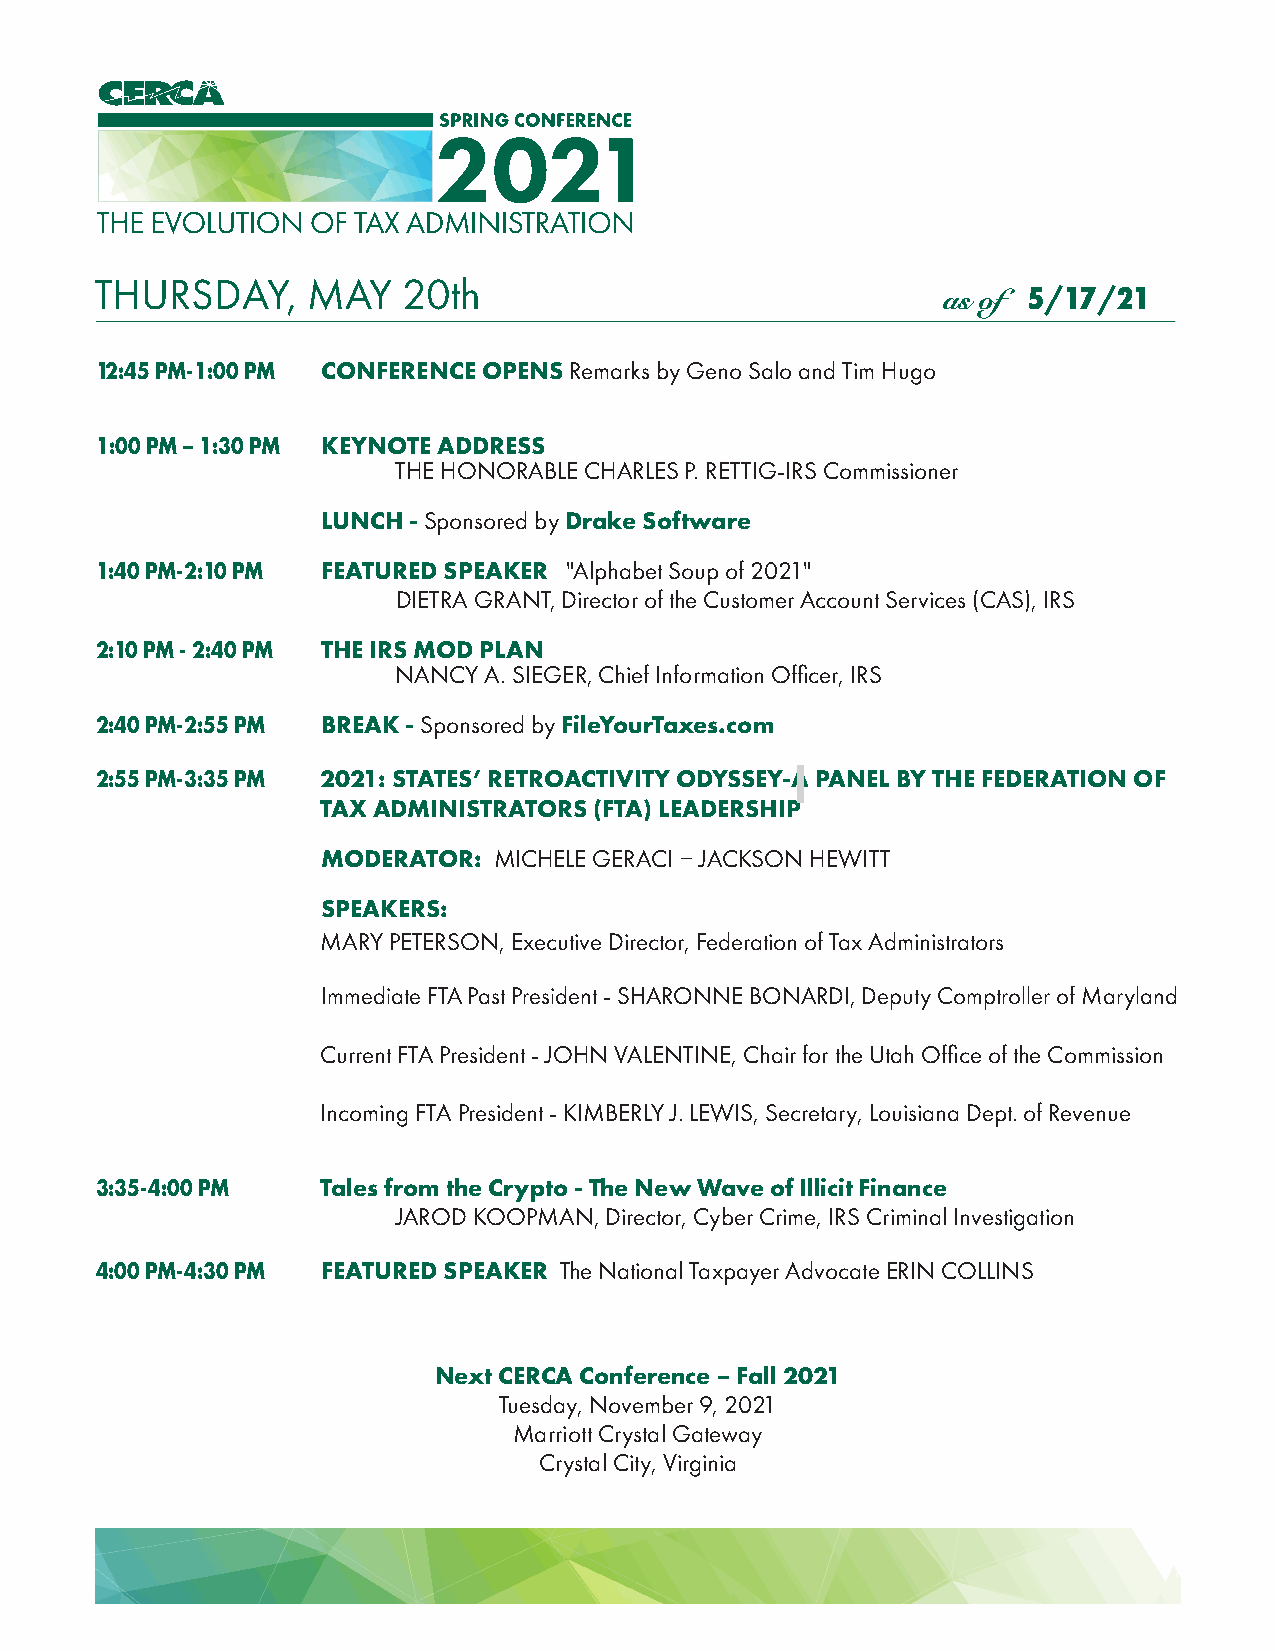
THURSDAY,     MAY    20th
 as of 5/17/21
 12:45 PM-1:00 PM CONFERENCE OPENS Remarks by Geno Salo and Tim Hugo
 1:00 PM – 1:30 PM KEYNOTE ADDRESS
 THE HONORABLE CHARLES P. RETTIG-IRS Commissioner
 LUNCH - Sponsored by Drake Software
 1:40 PM-2:10 PM FEATURED SPEAKER "Alphabet Soup of 2021"
 DIETRA GRANT, Director of the Customer Account Services (CAS), IRS
 2:10 PM - 2:40 PM THE IRS MOD PLAN
 NANCY A. SIEGER, Chief Information Officer, IRS
 2:40 PM-2:55 PM BREAK - Sponsored by FileYourTaxes.com
 2:55 PM-3:35 PM 2021: STATES’ RETROACTIVITY ODYSSEY-A PANEL BY THE FEDERATION OF
 TAX ADMINISTRATORS (FTA) LEADERSHIP
 MODERATOR:  MICHELE GERACI  JACKSON HEWITT
 SPEAKERS:
 MARY PETERSON, Executive Director, Federation of Tax Administrators
 Immediate FTA Past President - SHARONNE BONARDI, Deputy Comptroller of Maryland
 Current FTA President - JOHN VALENTINE, Chair for the Utah Office of the Commission
 Incoming FTA President - KIMBERLY J. LEWIS, Secretary, Louisiana Dept. of Revenue
 3:35-4:00 PM   Tales from the Crypto - The New Wave of Illicit Finance
 JAROD KOOPMAN, Director, Cyber Crime, IRS Criminal Investigation
 4:00 PM-4:30 PM FEATURED SPEAKER The National Taxpayer Advocate ERIN COLLINS
 Next CERCA Conference – Fall 2021
 Tuesday, November 9, 2021
 Marriott Crystal Gateway
 Crystal City, Virginia